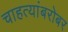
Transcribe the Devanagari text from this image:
चाहत्यांबरोबर